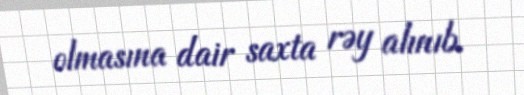
olmasına dair saxta rəy alınıb.